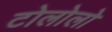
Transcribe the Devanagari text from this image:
टोलोलो